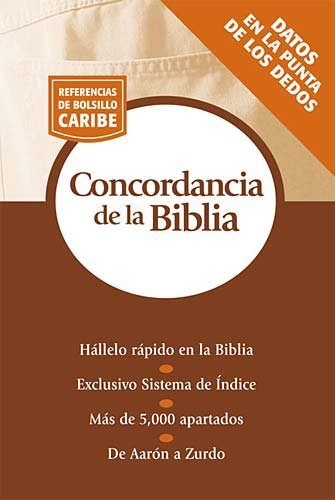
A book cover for Concordancia BÃ­blica Serie Referencias De Bolsillo; Thomas Nelson; Christian Books & Bibles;